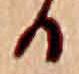
る